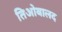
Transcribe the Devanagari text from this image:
तिओबालद